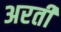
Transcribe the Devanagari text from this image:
अरतीं